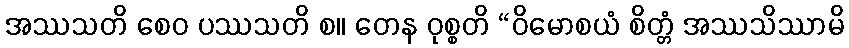
အဿသတိ စေဝ ပဿသတိ စ။ တေန ဝုစ္စတိ “ဝိမောစယံ စိတ္တံ အဿသိဿာမိ